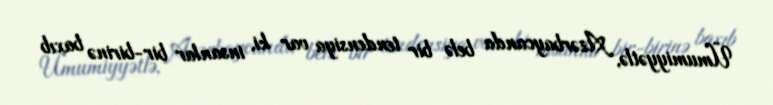
Ümumiyyətlə, Azərbaycanda belə bir tendensiya var ki, insanlar bir-birinə baxıb